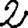
Digit: 2